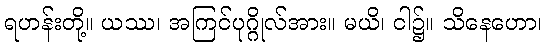
ရဟန်းတို့။ ယဿ၊ အကြင်ပုဂ္ဂိုလ်အား။ မယိ၊ ငါ၌။ သိနေဟော၊